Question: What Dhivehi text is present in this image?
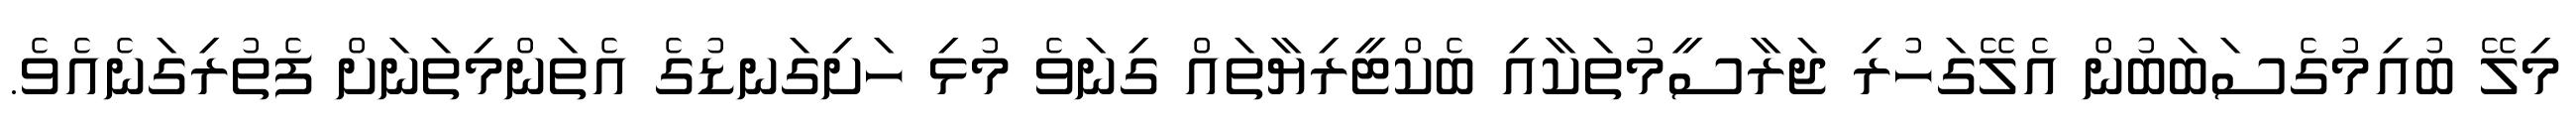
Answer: މިލޭ ބުއިމުގެސަބަބުން އެލޭގަހުރި ޖަރާސީމުތަކާއި ބެކްޓީރިޔާތައް ގިނަވެ މުޅި ހަށިގަނޑުގެ އެތަންމިތަނަށް ފެތުރިގަނެއެވެ.